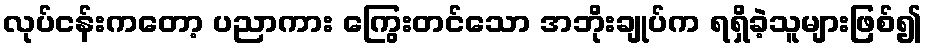
လုပ်ငန်းကတော့ ပညာကား ကြွေးတင်သော အဘိုးချုပ်က ရရှိခဲ့သူများဖြစ်၍